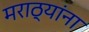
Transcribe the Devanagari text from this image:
मराठ्‍यांना